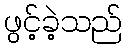
ဖွင့်ခဲ့သည်